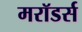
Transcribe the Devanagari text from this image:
मरॉडर्स